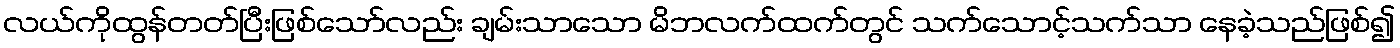
လယ်ကိုထွန်တတ်ပြီးဖြစ်သော်လည်း ချမ်းသာသော မိဘလက်ထက်တွင် သက်သောင့်သက်သာ နေခဲ့သည်ဖြစ်၍